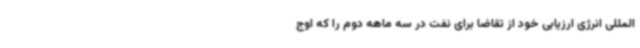
المللی انرژی ارزیابی خود از تقاضا برای نفت در سه ماهه دوم را که اوج